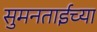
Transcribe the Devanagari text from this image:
सुमनताईच्या